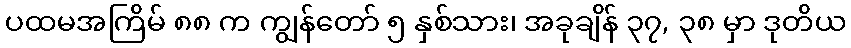
ပထမအကြိမ် ၈၈ က ကျွန်တော် ၅ နှစ်သား၊ အခုချိန် ၃၇, ၃၈ မှာ ဒုတိယ